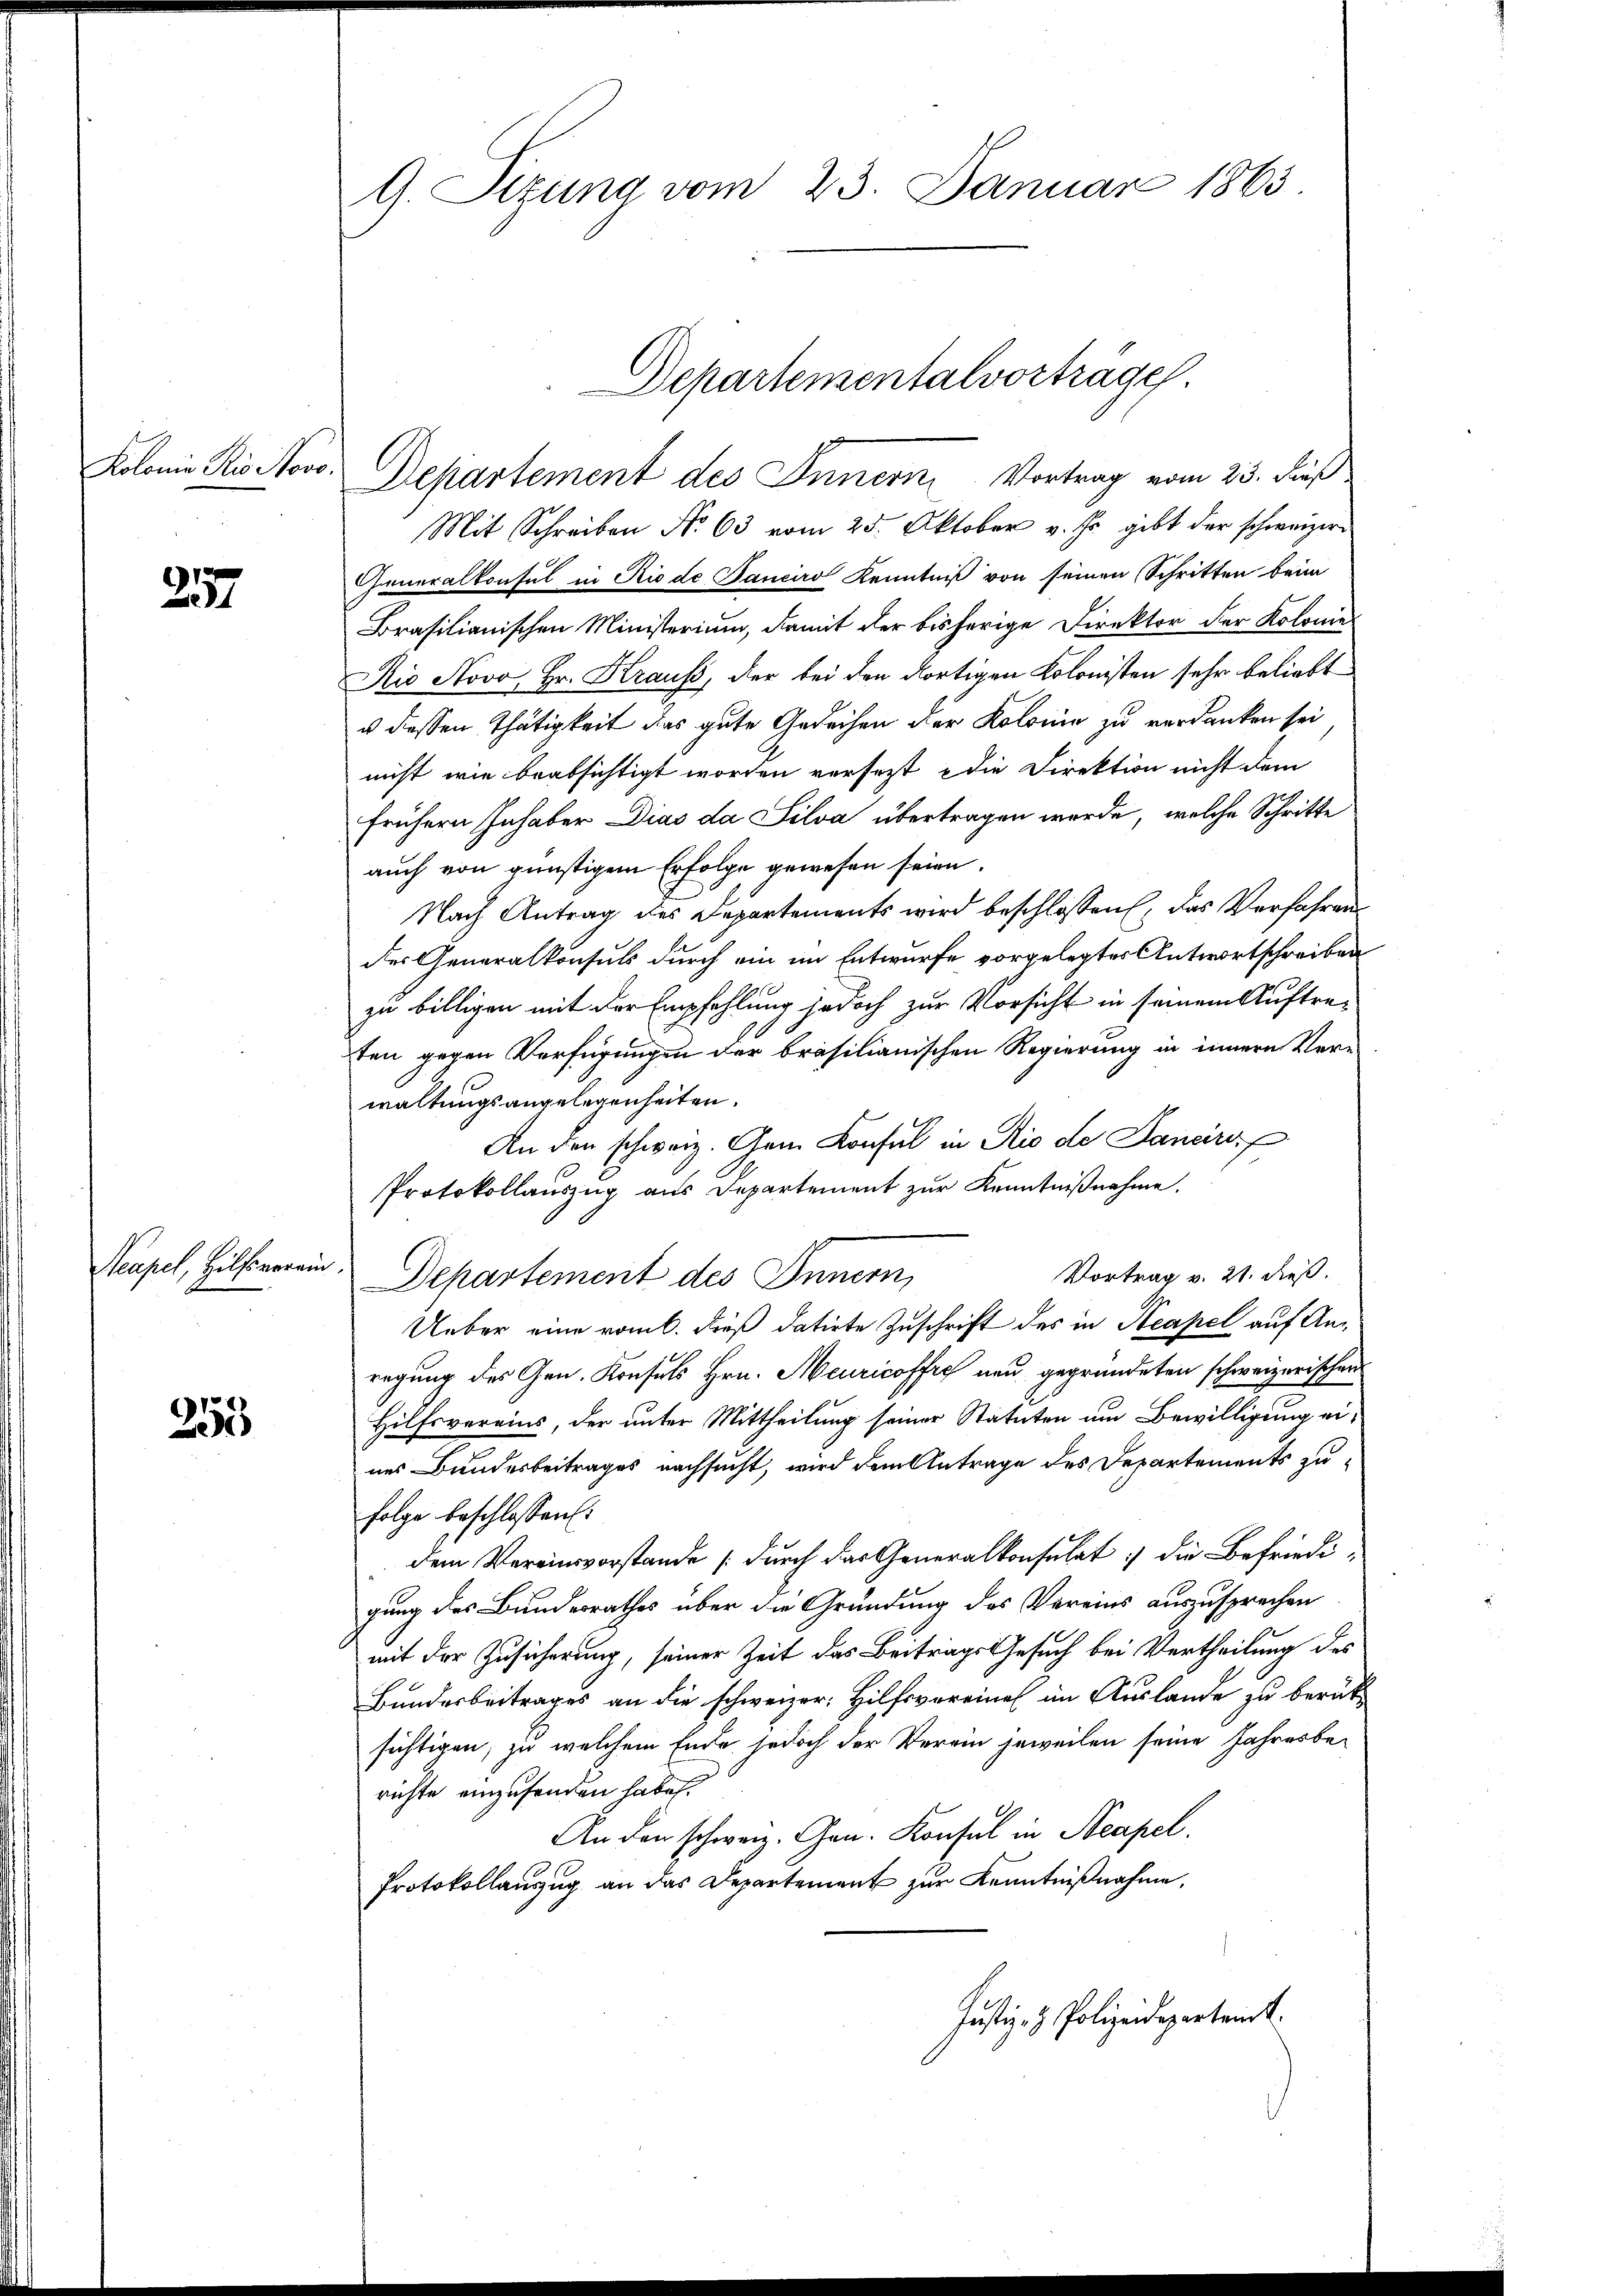
Kolonie Ris Novo.

257

Neapel, Hilfsverein.

255

G. Sitzung vom 23. Januar 1863.

Departement des Innern, Vortrag vom 25. dieß
Mit Schreiben No 63 vom 25. Oktober v. Js. gibt der schweizer-
Generalkonsul in Riede Banciro Kenntniß von seinen Schritten beim
Brasilianischen Ministerium, damit der bisherige Direktor der Kolonie
Rio Novo Hr. Kraus, der bei den dortigen Kolonisten sehr beliebt
u dessen Thätigkeit das gute Gedeihen der Kolonie zu verdanken sei
nicht wie beabsichtigt worden versezt die Direktion nicht dem
frühern Inhaber Dias da Silva übertragen werde, welche Schritte
auch von günstigem Erfolge gewesen seien.
Nach Antrag des Departements wird beschlossen, das Verfahren
des Generalkonsuls durch ein im Entwurfe vorgelegtes Antwortschreiben
zu billigen mit der Empfehlung jedoch zur Vorsicht in seinem Auftrefen gegen Verfügungen der brasilianischen Regierung in innern Ver-
waltungsangelegenheiten.
An den schweiz. Gem Konsul in Rio de Janeiris
Protokollauszug aus Departement zur Kenntnißnahme.
Vortrag v. 21. dieß.
Departement des Innern,
Ueber eine rom. Dieß datirte Zuschrift des in Neapel auf Anregung des Gen. Konsuls Hrn. Meuricoffre neu gegründeten schweizerischen
Hilfsvereins, der unter Mittheilung seiner Statuten um Bewilligung eines Bundesbeitrages nachsucht, wird dem Antrage des Departements zufolge beschlossen:
dem Vereinsvorstände (durch das Generalkonsulat die Befriedi-
gung des Bundesrathes über die Gründung des Vereins auszusprechen
mit der Zusicherung, seiner Zeit das Beitrags Gesuch bei Vertheilung des
Bundesbeitrages an die schweizer: Hilfsvereines im Auslande zu berük-
sichtigen, zu welchem Ende jedoch der Verein jeweilen seine Jahresberichte einzusenden habe.
An den schweiz. Gen. Konsul in Neapel.
Protokollanzug an das Departement zur Kenntnißnahme,
Justiz- & Polizeidepartamt.

Departementalvorträge.